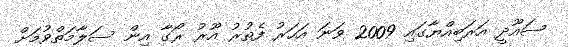
ސައޫދީ އަރަބިއްޔާގައި 2009 ވަނަ އަހަރު ފެތުރު އޫރު ރޯގާ އިން ސަލާމަތްވުމަށް